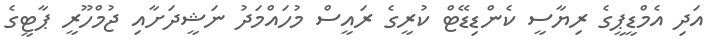
އަދި އެމްޑީޕީގެ ރިޔާސީ ކެންޑިޑޭޓް ކުރީގެ ރައީސް މުހައްމަދު ނަޝީދަށާއި ޖުމްހޫރީ ޕާޓީގެ